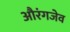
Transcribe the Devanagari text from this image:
औरंगजेव